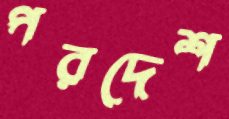
পরদেশ